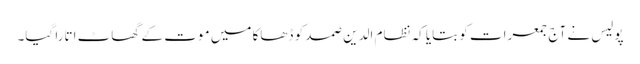
پولیس نے آج جمعرات کو بتایا کہ نظام الدین صمد کو ڈھاکا میں موت کے گھاٹ اتارا گیا۔